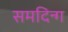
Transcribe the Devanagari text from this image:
समदिन्ग